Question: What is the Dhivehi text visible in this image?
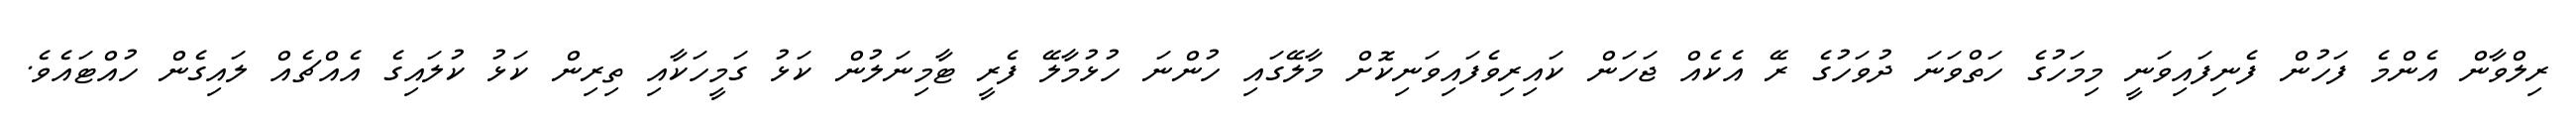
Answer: ރިލްވާން އެންމެ ފަހުން ފެނިފައިވަނީ މިމަހުގެ ހަތްވަނަ ދުވަހުގެ ރޭ އެކެއް ޖަހަން ކައިރިވެފައިވަނިކޮށް މާލޭގައި ހުންނަ ހުޅުމާލޭ ފެރީ ޓާމިނަލުން ކަޅު ގަމީހަކާއި ތިރިން ކަޅު ކުލައިގެ އެއްޗެއް ލައިގެން ހުއްޓައެވެ.